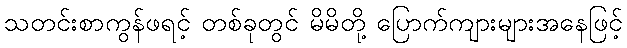
သတင်းစာကွန်ဖရင့် တစ်ခုတွင် မိမိတို့ ပြောက်ကျားများအနေဖြင့်